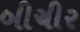
બીચીર